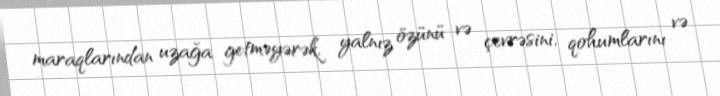
maraqlarından uzağa getməyərək, yalnız özünü və çevrəsini, qohumlarını və